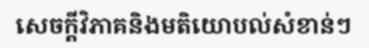
សេចក្តីវិភាគនិងមតិយោបល់សំខាន់ៗ